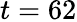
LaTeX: t=62